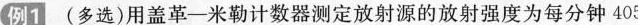
例1(多选)用盖革-米勒计数器测定放射源的放射强度为每分钟405